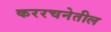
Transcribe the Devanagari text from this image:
कररचनेतील